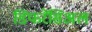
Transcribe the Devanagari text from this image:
डिफरेंसिअल